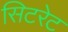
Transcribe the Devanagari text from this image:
सिटरेट